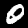
Label: 0